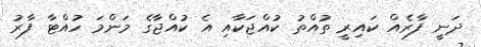
ދަނީ ފާރެއް ކައިރީ ތުއްތު ކުއްޖަކާއި އެ ކުއްޖާގެ މަންމަ ހުއްޓާ ފާރު